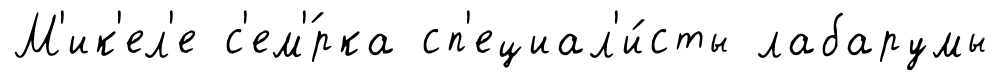
М'ик'ел'е с'ем'́рка сп'ециал'и́сты лабарумы